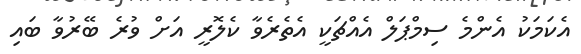
އެކަމަކު އެންމެ ސިމްޕަލް އެއްޗަކީ އެތެރެވާ ކެލޮރީ އަށް ވުރެ ބޭރުވާ ބައި